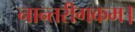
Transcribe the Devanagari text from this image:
नान्तरीगकम।